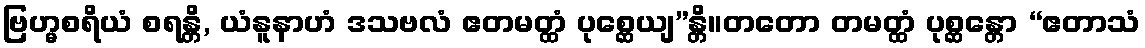
ဗြဟ္မစရိယံ စရန္တိ, ယံနူနာဟံ ဒသဗလံ ဧတမတ္ထံ ပုစ္ဆေယျ”န္တိ။တတော တမတ္ထံ ပုစ္ဆန္တော “ဧတာသံ